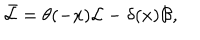
\bar { \mathcal { L } } = \theta ( - x ) \mathcal { L } - \delta ( x ) \mathcal { B } ,